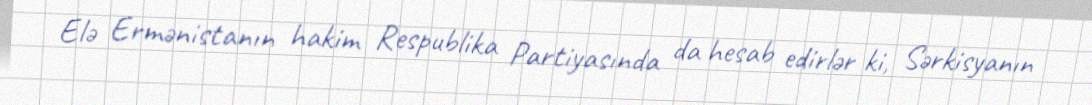
Elə Ermənistanın hakim Respublika Partiyasında da hesab edirlər ki, Sərkisyanın